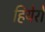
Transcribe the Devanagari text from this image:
हियेरो